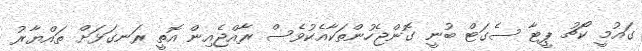
ގައުމީ ކޯޗު ޕީޓާ ސެގަޓް ބުނީ ގޮންޖެހުންތަކާއެކުވެސް ރާއްޖެއިން އޮތީ ރަނގަޅަށް ތައްޔާރު